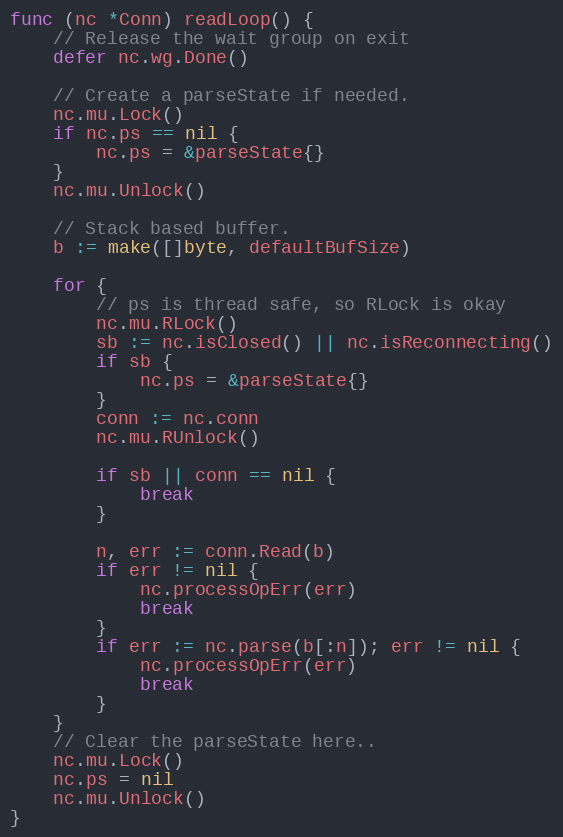
Language: Go
func (nc *Conn) readLoop() {
	// Release the wait group on exit
	defer nc.wg.Done()

	// Create a parseState if needed.
	nc.mu.Lock()
	if nc.ps == nil {
		nc.ps = &parseState{}
	}
	nc.mu.Unlock()

	// Stack based buffer.
	b := make([]byte, defaultBufSize)

	for {
		// ps is thread safe, so RLock is okay
		nc.mu.RLock()
		sb := nc.isClosed() || nc.isReconnecting()
		if sb {
			nc.ps = &parseState{}
		}
		conn := nc.conn
		nc.mu.RUnlock()

		if sb || conn == nil {
			break
		}

		n, err := conn.Read(b)
		if err != nil {
			nc.processOpErr(err)
			break
		}
		if err := nc.parse(b[:n]); err != nil {
			nc.processOpErr(err)
			break
		}
	}
	// Clear the parseState here..
	nc.mu.Lock()
	nc.ps = nil
	nc.mu.Unlock()
}